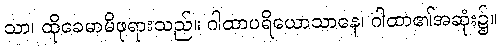
သာ၊ ထိုခေမာမိဖုရားသည်။ ဂါထာပရိယောသာနေ၊ ဂါထာ၏အဆုံး၌။